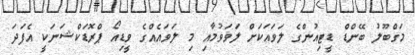
މަގްބޫލު ބޭންޑް ޑީޓިއުންގެ ލަވައަކަށް ލަވަވުމާއި މި ލަވައެއްގެ ވީޑިއޯ ޕްރޮޑަކްޝަނަކީ އެފަދަ